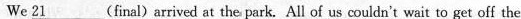
We 21___ (final)arrived at the park. All of us couldn't wait to get off the